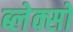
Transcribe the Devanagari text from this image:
ब्लेक्सो